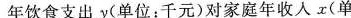
年饮食支出y(单位：千元)对家庭年收入x(单